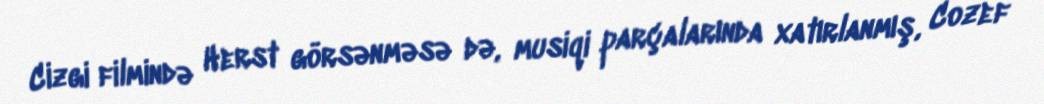
Cizgi filmində Herst görsənməsə də, musiqi parçalarında xatırlanmış, Cozef